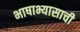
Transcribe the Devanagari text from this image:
भाषाभ्यासाची